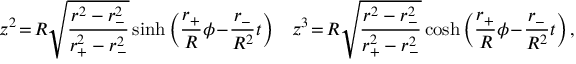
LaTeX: z ^ { 2 } \! = \! R \sqrt { \frac { r ^ { 2 } - r _ { - } ^ { 2 } } { r _ { + } ^ { 2 } - r _ { - } ^ { 2 } } } \sinh \left( \frac { r _ { + } } { R } \phi \! - \! \frac { r _ { - } } { R ^ { 2 } } t \right) \; \; \; z ^ { 3 } \! = \! R \sqrt { \frac { r ^ { 2 } - r _ { - } ^ { 2 } } { r _ { + } ^ { 2 } - r _ { - } ^ { 2 } } } \cosh \left( \frac { r _ { + } } { R } \phi \! - \! \frac { r _ { - } } { R ^ { 2 } } t \right) ,